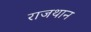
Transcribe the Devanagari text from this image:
राजथान